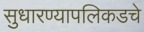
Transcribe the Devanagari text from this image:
सुधारण्यापलिकडचे